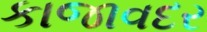
કાજાવદર